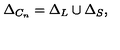
\Delta _ { C _ { n } } = \Delta _ { L } \cup \Delta _ { S } ,